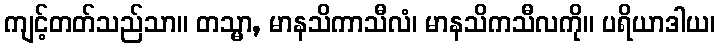
ကျင့်တတ်သည်သာ။ တသ္မာ, မာနသိကာသီလံ၊ မာနသိကသီလကို။ ပရိယာဒါယ၊